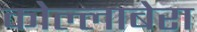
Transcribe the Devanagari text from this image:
कोल्लाबेरा